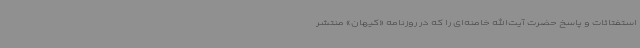
استفتائات و پاسخ حضرت آیت‌الله خامنه‌ای را که در روزنامه «کیهان» منتشر